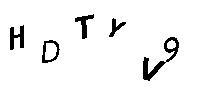
HDTYV9